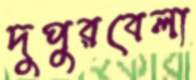
দুপুরবেলা